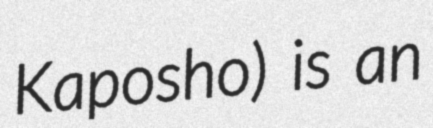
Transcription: Kaposho) is an